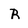
Character: B